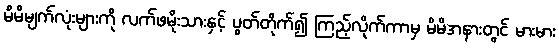
မိမိမျက်လုံးများကို လက်ဖမိုးသားနှင့် ပွတ်တိုက်၍ ကြည့်လိုက်ကာမှ မိမိအနားတွင် မားမား